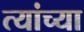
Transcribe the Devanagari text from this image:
त्यांच्या